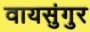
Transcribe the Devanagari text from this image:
वायसुंगुर